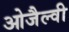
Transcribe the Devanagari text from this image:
ओजैल्वी